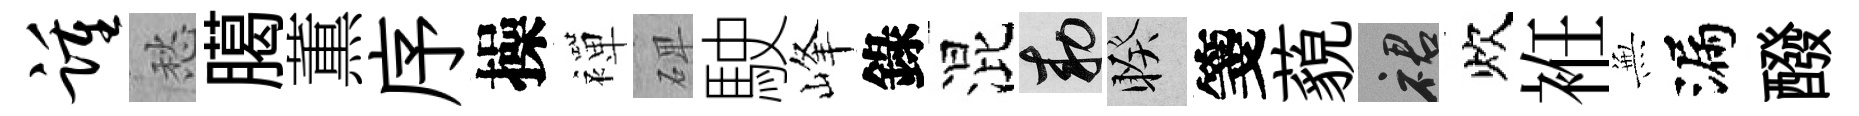
踵愁臈薫序操襌𥓓駛峰錄混敕睽箋藐裙炊袵𭴾漏醱